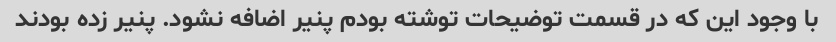
با وجود این که در قسمت توضیحات توشته بودم پنیر اضافه نشود. پنیر زده بودند